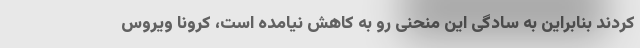
کردند بنابراین به سادگی این منحنی رو به کاهش نیامده است، کرونا ویروس